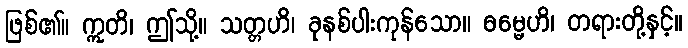
ဖြစ်၏။ ဣတိ၊ ဤသို့။ သတ္တဟိ၊ ခုနစ်ပါးကုန်သော။ ဓမ္မေဟိ၊ တရားတို့နှင့်။